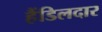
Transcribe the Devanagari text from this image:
हैंडिलदार